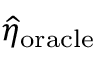
\widehat { \eta } _ { \mathrm { o r a c l e } }